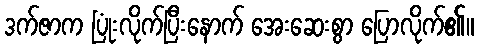
ဒက်ဇာက ပြုံးလိုက်ပြီးနောက် အေးဆေးစွာ ပြောလိုက်၏။